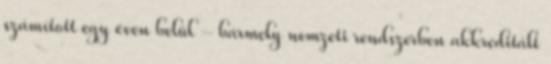
számított egy éven belül - bármely nemzeti rendszerben akkreditált